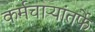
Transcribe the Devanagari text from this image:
कर्मचाऱ्यांतर्फे